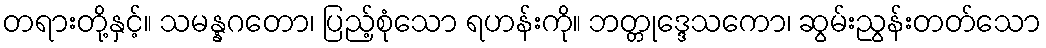
တရားတို့နှင့်။ သမန္နဂတော၊ ပြည့်စုံသော ရဟန်းကို။ ဘတ္တုဒ္ဒေသကော၊ ဆွမ်းညွန်းတတ်သော